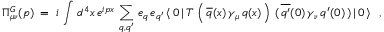
\Pi _ { \mu \nu } ^ { G } ( p ) \; = \; i \, \int \, d ^ { 4 } x \, e ^ { i p x } \, \sum _ { q , q ^ { \prime } } \, e _ { q } \, e _ { q ^ { \prime } } \, \langle \, 0 \, | \, T \, \left( \, \overline { { { q } } } ( x ) \, \gamma _ { \mu } \, q ( x ) \, \right) \, ( \, \overline { { { q ^ { \prime } } } } ( 0 ) \, \gamma _ { \nu } \, q ^ { \prime } ( 0 ) \, ) \, | \, 0 \, \rangle \; \; \, ,